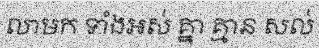
លាមក ទាំងឣស់ គ្នា គ្មាន សល់